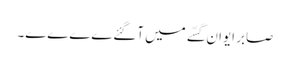
صابر ایوان گسّے میں آگئےےےےے۔